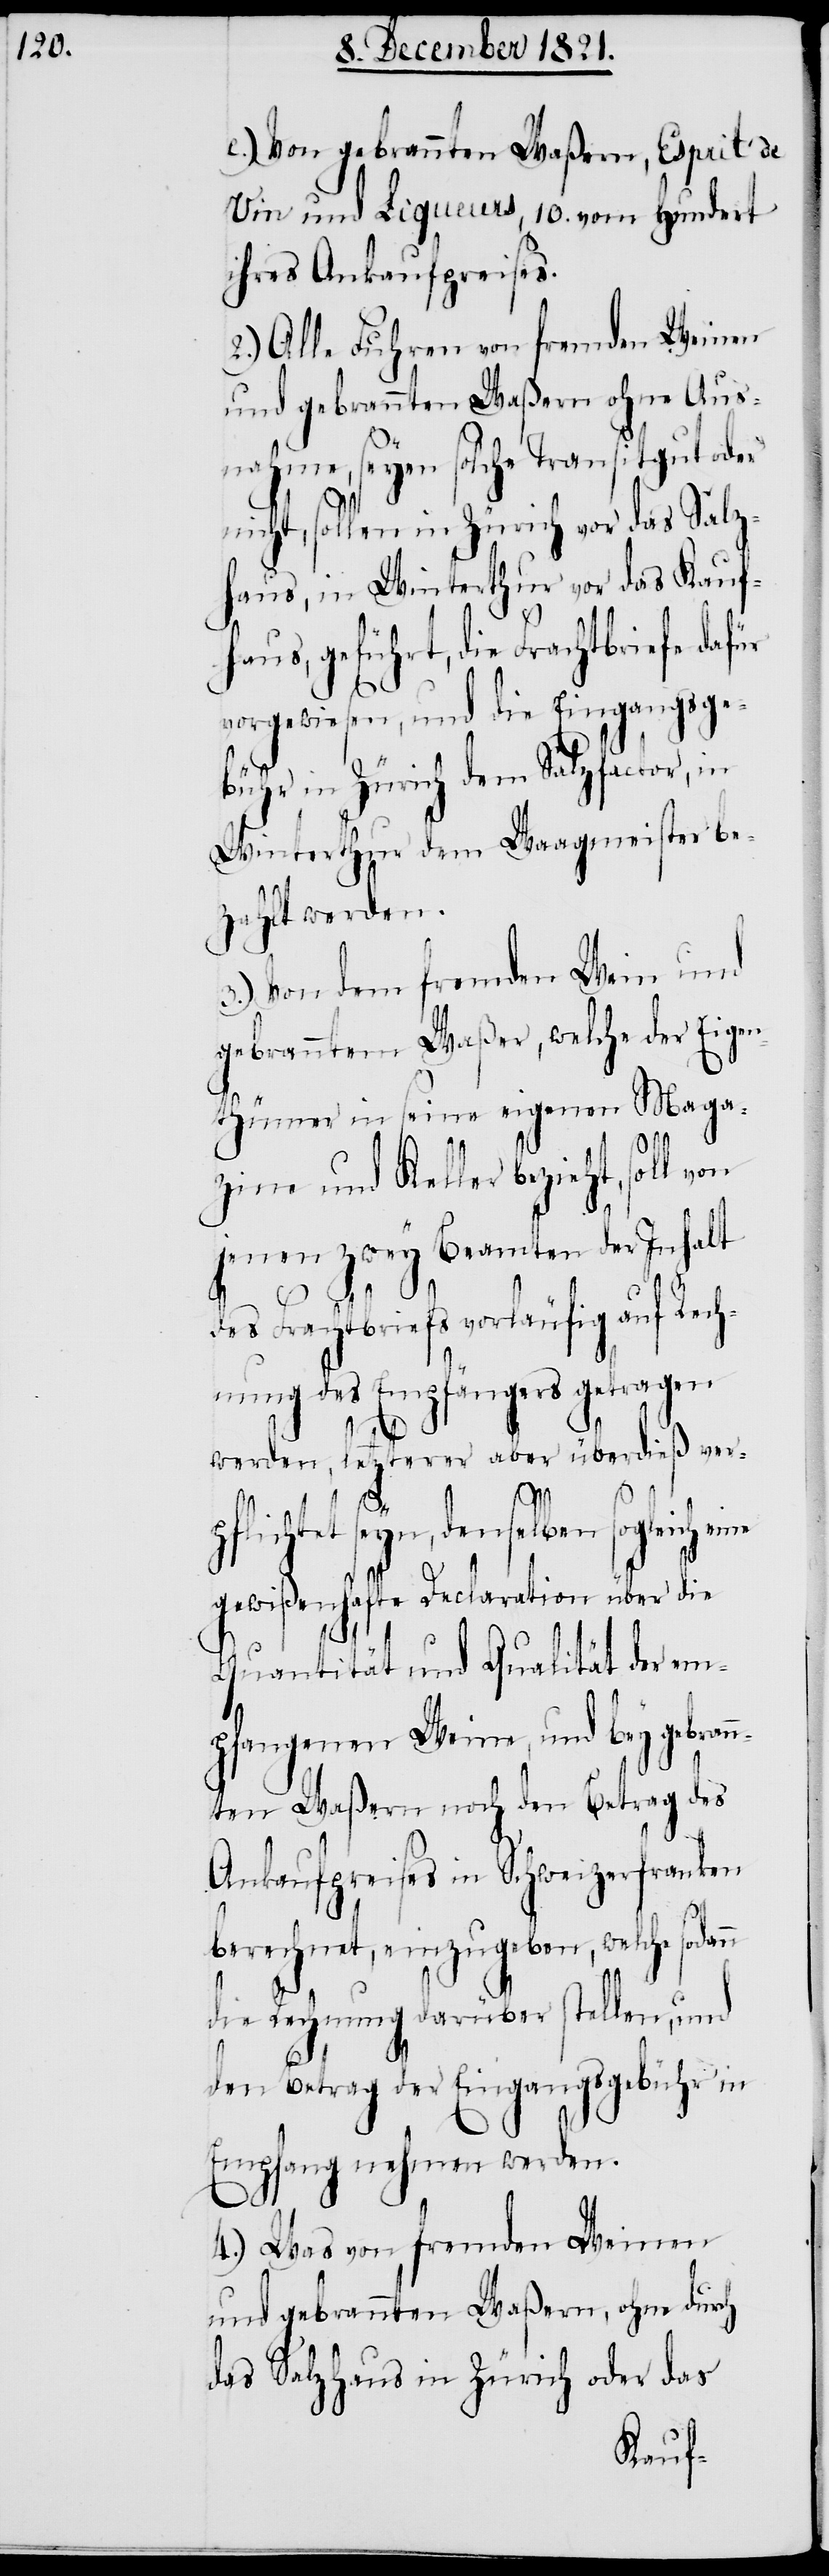
e.) Von gebrannten Waßern, Esprit de
vin und Liqueurs, 10. vom Hundert
ihres Ankaufpreises.
2.) Alle Fuhren von fremden Weinen
und gebrannten Waßern ohne Aus¬
nahme, seyen solche Transitgut oder
icht, sollen in Zürich vor das Salz¬
haus, in Winterthur vor das Kauf¬
haus, geführt, die Frachtbriefe dafür
vorgewiesen, und die Eingangsge¬
bühr in Zürich dem Salzfactor, in
Winterthur dem Waagmeister be¬
zahlt werden.
3.) Von dem fremden Wein und
gebranntem Waßer, welche der Eigen¬
thümer in seine eigenen Maga¬
zine und Keller bezieht, soll
jenen zwey Beamten der Inhalt
n¬
des Frachtbriefs vorläufig auf Rech¬
nung des Empfängers getragen
dann
werden, letzterer aber überdieß ver¬
ichtet seyn, denselben sogleich
gewißenhafte Declaration über die
Quantität und Qualität der em¬
pfangenen Weine, und bey gebrann¬
ten Waßern noch den Betrag des
Ankaufpreises in Schweizerfranken
berechnet, einzugeben, welche so¬
die Rechnung darüber stellen, und
den Betrag der Eingangsgebühr in
Empfang nehmen werden.
4.) Was von fremden Weinen
und gebrannten Waßern, ohne durch
das Salzhaus in Zürich oder das